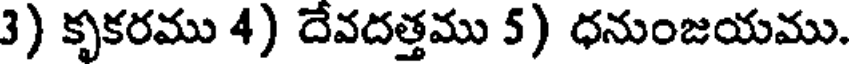
3) కృకరము 4) దేవదత్తము 5) ధనుంజయము.